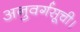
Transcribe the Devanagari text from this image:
अनुवर्गसूची।